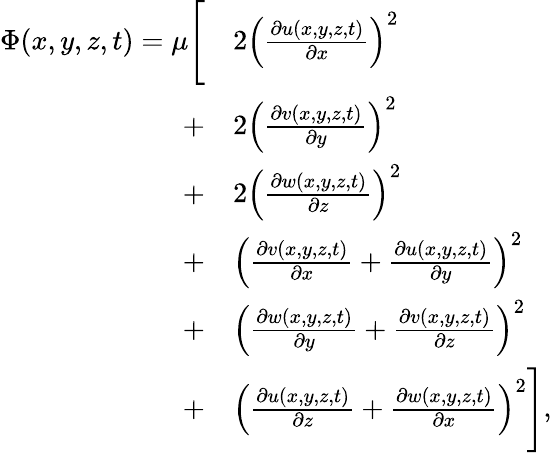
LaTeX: \begin{array}{rl}{\Phi(x,y,z,t)=\mu\Bigg[}&{2\left(\frac{\partial u(x,y,z,t)}{\partial x}\right)^{2}}\\ {+}&{2\left(\frac{\partial v(x,y,z,t)}{\partial y}\right)^{2}}\\ {+}&{2\left(\frac{\partial w(x,y,z,t)}{\partial z}\right)^{2}}\\ {+}&{\left(\frac{\partial v(x,y,z,t)}{\partial x}+\frac{\partial u(x,y,z,t)}{\partial y}\right)^{2}}\\ {+}&{\left(\frac{\partial w(x,y,z,t)}{\partial y}+\frac{\partial v(x,y,z,t)}{\partial z}\right)^{2}}\\ {+}&{\left(\frac{\partial u(x,y,z,t)}{\partial z}+\frac{\partial w(x,y,z,t)}{\partial x}\right)^{2}\Bigg]\mathrm{,}}\end{array}